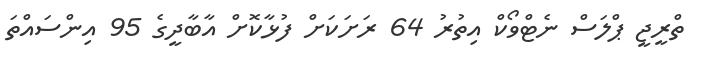
ތްރީޖީ ޕްލަސް ނެޓްވޯކް އިތުރު 64 ރަށަކަށް ފުޅާކޮށް އާބާދީގެ 95 އިންސައްތަ